Vaccination in Burma 1889-1999 - 1889-1999
Year: 1889
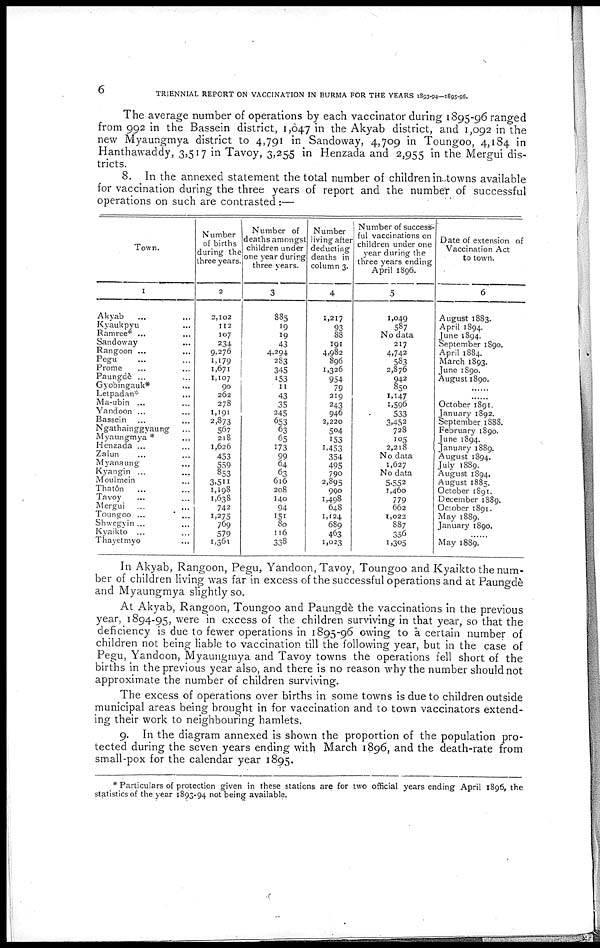
6
TRIENNIAL REPORT ON VACCINATION IN BURMA FOR THE YEARS 1893-94—1895-96.
The average number of operations by each vaccinator during 1895-96 ranged
from 992 in the Bassein district, 1,047 in the Akyab district, and 1,092 in the
new Myaungmya district to 4,791 in Sandoway, 4,709 in Toungoo, 4,184 in
Hanthawaddy, 3,517 in Tavoy, 3,255 in Henzada and 2,955 in the Mergui dis-
tricts.
8. In the annexed statement the total number of children in towns available
for vaccination during the three years of report and the number of successful
operations on such are contrasted:—
Town.
1
Akyab ... ...
Kyaukpyu ...
Ramree* ...
Sandoway ...
Rangoon ...
Pegu ... ...
Prome ... ...
Paungdè ... ...
Gyobingauk* ...
Letpadan* ...
Ma-ubin ... ...
Yandoon ...
Bassein ...
Ngathainggyaung ...
Myaungmya * ...
Henzada ... ...
Zalun ... ...
Myanaung ...
Kyangin ... ...
Moulmein ...
Thatôn
... ...
Tavoy ... ...
Mergui ... ...
Toungoo
...
...
Shwegyin ...
Kyaikto ...
Thayetmyo ...
N umber
of births
during the
three years.
2
2,102
112
107
234
9,276
1,179
1,671
1,107
90
262
278
1,191
2,873
567
218
1,626
453
559
853
3,511
1,198
1,638
742
1,275
769
579
1,361
Number of
deaths amongst
children under
one year during
three years.
3
885
19
19
43
4,294
283
345
153
11
43
35
245
653
63
65
173
99
64
63
616
208
140
94
151
80
116
338
Number
living after
deducting
deaths in
column 3.
4
1,217
93
88
191
4,982
896
1,326
954
79
219
243
946
2,220
504
153
1,453
354
495
790
2,895
990
1,498
648
1,124
689
463
1,023
Number of success-
ful vaccinations on
children under one
year during the
three years ending
April 1896.
5
1,049
587
No data
217
4,742
583
2,876
942
850
1,147
1,596
533
3,452
728
105
2,218
No data
1,627
No data
5,552
1,460
779
662
1,022
887
356
1,305
Date of extension of
Vaccination Act
to town.
6
August 1883.
April 1894.
June 1894.
September 1890.
April 1884.
March 1893.
June 1890.
August 1890.
......
......
October 1891.
January 1892.
September 1888.
February 1890.
June 1894.
January 1889.
August 1894.
July 1889.
August 1894.
August 1885,
October 1891.
December 1889.
October 1891.
May 1889.
January 1890.
......
May 1889.
In Akyab, Rangoon, Pegu, Yandoon, Tavoy, Toungoo and Kyaikto the num-
ber of children living was far in excess of the successful operations and at Paungdè
and Myaungmya slightly so.
At Akyab, Rangoon, Toungoo and Paungdè the vaccinations in the previous
year, 1894-95, were in excess of the children surviving in that year, so that the
deficiency is due to fewer operations in 1895-96 owing to a certain number of
children not being liable to vaccination till the following year, but in the case of
Pegu, Yandoon, Myaungmya and Tavoy towns the operations fell short of the
births in the previous year also, and there is no reason why the number should not
approximate the number of children surviving.
The excess of operations over births in some towns is due to children outside
municipal areas being brought in for vaccination and to town vaccinators extend-
ing their work to neighbouring hamlets.
9. In the diagram annexed is shown the proportion of the population pro-
tected during the seven years ending with March 1896, and the death-rate from
small-pox for the calendar year 1895.
* Particulars of protection given in these stations are for two official years ending April 1896, the
statistics of the year 1893-94 not being available.